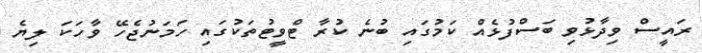
ރައީސް ވިދާޅުވި ބަސްފުޅެއް ކަމުގައި ބުނެ ކުރާ ޓްވީޓުތަކުގައި ހަމަނުޖެހޭ ވާހަކަ ލިޔެ